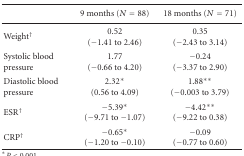
<table><thead><tr><td></td><td><b>9 months (<i>N</i> = 88)</b></td><td><b>18 months (<i>N</i> = 71)</b></td></tr></thead><tbody><tr><td>Weight<sup>†</sup></td><td>0.52(−1.41 to 2.46)</td><td>0.35(−2.43 to 3.14)</td></tr><tr><td>Systolic blood pressure</td><td>1.77 (−0.66 to 4.20)</td><td>−0.24(−3.37 to 2.90)</td></tr><tr><td>Diastolic blood pressure</td><td>2.32* (0.56 to 4.09)</td><td>1.88**(−0.003 to 3.79)</td></tr><tr><td>ESR<sup>†</sup></td><td>−5.39*(−9.71 to −1.07)</td><td>−4.42** (−9.22 to 0.38)</td></tr><tr><td>CRP<sup>†</sup></td><td>−0.65*(−1.20 to −0.10)</td><td>−0.09(−0.77 to 0.60)</td></tr></tbody></table>